Indian journal of veterinary science and animal husbandry - Volume 6,
Year: 1936
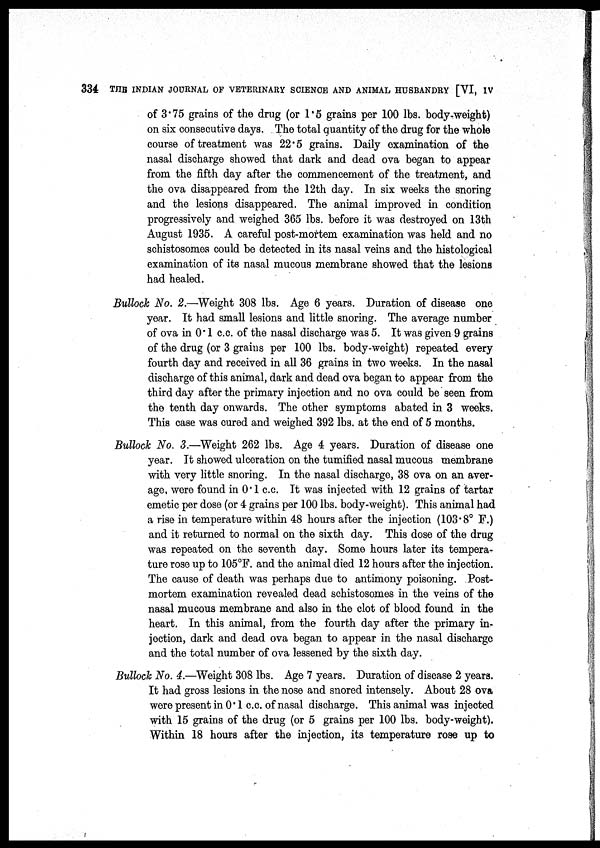
334 THE INDIAN JOURNAL OF VETERINARY SCIENCE AND ANIMAL HUSBANDRY [VI, IV
of 3.75 grains of the drug (or 1.5 grains per 100 lbs. body-weight)
on six consecutive days. The total quantity of the drug for the whole
course of treatment was 22.5 grains. Daily examination of the
nasal discharge showed that dark and dead ova began to appear
from the fifth day after the commencement of the treatment, and
the ova disappeared from the 12th day. In six weeks the snoring
and the lesions disappeared. The animal improved in condition
progressively and weighed 365 lbs. before it was destroyed on 13th
August 1935. A careful post-mortem examination was held and no
schistosomes could be detected in its nasal veins and the histological
examination of its nasal mucous membrane showed that the lesions
had healed.
Bullock No. 2.—Weight 308 lbs. Age 6 years. Duration of disease one
year. It had small lesions and little snoring. The average number
of ova in 0.1 c.c. of the nasal discharge was 5. It was given 9 grains
of the drug (or 3 grains per 100 lbs. body-weight) repeated every
fourth day and received in all 36 grains in two weeks. In the nasal
discharge of this animal, dark and dead ova began to appear from the
third day after the primary injection and no ova could be seen from
the tenth day onwards. The other symptoms abated in 3 weeks.
This case was cured and weighed 392 lbs. at the end of 5 months.
Bullock No. 3.—Weight 262 lbs. Age 4 years. Duration of disease one
year. It showed ulceration on the tumified nasal mucous membrane
with very little snoring. In the nasal discharge, 38 ova on an aver-
age, were found in 0.1 c.c. It was injected with 12 grains of tartar
emetic per dose (or 4 grains per 100 lbs. body-weight). This animal had
a rise in temperature within 48 hours after the injection (103.8° F.)
and it returned to normal on the sixth day. This dose of the drug
was repeated on the seventh day. Some hours later its tempera-
ture rose up to 105°F. and the animal died 12 hours after the injection.
The cause of death was perhaps due to antimony poisoning. Post-
mortem examination revealed dead schistosomes in the veins of the
nasal mucous membrane and also in the clot of blood found in the
heart. In this animal, from the fourth day after the primary in-
jection, dark and dead ova began to appear in the nasal discharge
and the total number of ova lessened by the sixth day.
Bullock No. 4.—Weight 308 lbs. Age 7 years. Duration of disease 2 years.
It had gross lesions in the nose and snored intensely. About 28 ova
were present in 0.1 c.c. of nasal discharge. This animal was injected
with 15 grains of the drug (or 5 grains per 100 lbs. body-weight).
Within 18 hours after the injection, its temperature rose up to